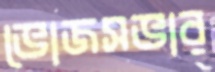
ভোজসভার